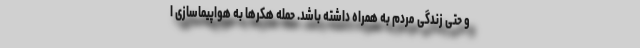
و حتی زندگی مردم به همراه داشته باشد. حمله هکرها به هواپیماسازی ا